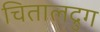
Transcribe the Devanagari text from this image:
चितालद्रुग